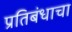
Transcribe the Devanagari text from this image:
प्रतिबंधाचा